Report of the Indian Hemp Drugs Commission, 1894-1895 - Volume I
Year: 1894
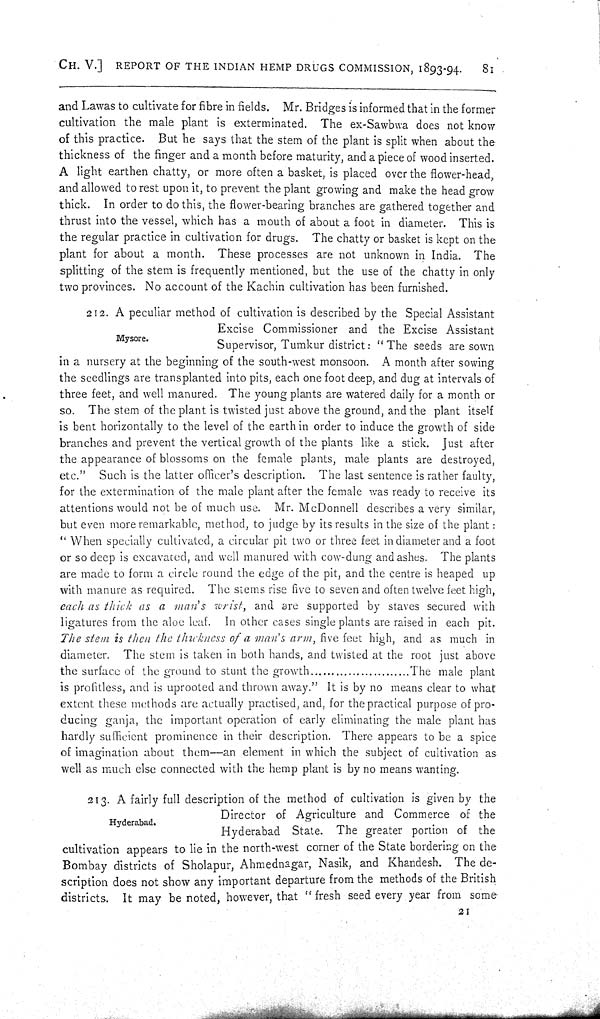
CH. V.] REPORT OF THE INDIAN HEMP DRUGS COMMISSION, 1893-94.
81
and Lawas to cultivate for fibre in fields. Mr. Bridges is informed that in the former
cultivation the male plant is exterminated. The ex-Sawbwa does not know
of this practice. But he says that the stem of the plant is split when about the
thickness of the finger and a month before maturity, and a piece of wood inserted.
A light earthen chatty, or more often a basket, is placed over the flower-head,
and allowed to rest upon it, to prevent the plant growing and make the head grow
thick. In order to do this, the flower-bearing branches are gathered together and
thrust into the vessel, which has a mouth of about a foot in diameter. This is
the regular practice in cultivation for drugs. The chatty or basket is kept on the
plant for about a month. These processes are not unknown in India. The
splitting of the stem is frequently mentioned, but the use of the chatty in only
two provinces. No account of the Kachin cultivation has been furnished.
Mysore.
212. A peculiar method of cultivation is described by the Special Assistant
Excise Commissioner and the Excise Assistant
Supervisor, Tumkur district: "The seeds are sown
in a nursery at the beginning of the south-west monsoon. A month after sowing
the seedlings are transplanted into pits, each one foot deep, and dug at intervals of
three feet, and well manured. The young plants are watered daily for a month or
so. The stem of the plant is twisted just above the ground, and the plant itself
is bent horizontally to the level of the earth in order to induce the growth of side
branches and prevent the vertical growth of the plants like a stick. Just after
the appearance of blossoms on the female plants, male plants are destroyed,
etc." Such is the latter officer's description. The last sentence is rather faulty,
for the extermination of the male plant after the female was ready to receive its
attentions would not be of much use. Mr. McDonnell describes a very similar,
but even more remarkable, method, to judge by its results in the size of the plant:
"When specially cultivated, a circular pit two or three feet in diameter and a foot
or so deep is excavated, and well manured with cow-dung and ashes. The plants
are made to form a circle round the edge of the pit, and the centre is heaped up
with manure as required. The stems rise five to seven and often twelve feet high,
each as thick as a man's wrist, and are supported by staves secured with
ligatures from the aloe leaf. In other cases single plants are raised in each pit.
The stem is then the thickness of a man's arm, five feet high, and as much in
diameter. The stem is taken in both hands, and twisted at the root just above
the surface of the ground to stunt the growth
..................
The male plant
is profitless, and is uprooted and thrown away." It is by no means clear to what
extent these methods are actually practised, and, for the practical purpose of pro-
ducing ganja, the important operation of early eliminating the male plant has
hardly sufficient prominence in their description. There appears to be a spice
of imagination about them––an element in which the subject of cultivation as
well as much else connected with the hemp plant is by no means wanting.
Hyderabad.
213. A fairly full description of the method of cultivation is given by the
Director of Agriculture and Commerce of the
Hyderabad State. The greater portion of the
cultivation appears to lie in the north-west corner of the State bordering on the
Bombay districts of Sholapur, Ahmednagar, Nasik, and Khandesh. The de-
scription does not show any important departure from the methods of the British
districts. It may be noted, however, that "fresh seed every year from some
21